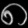
Digit: ၈